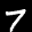
Label: 7